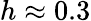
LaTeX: h\approx 0.3